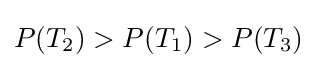
P(T_{2})>P(T_{1})>P(T_{3})